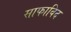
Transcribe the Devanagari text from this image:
साफाविद